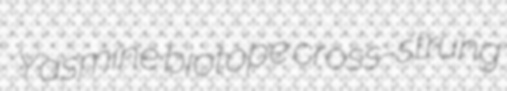
Yasmine biotope cross-strung